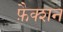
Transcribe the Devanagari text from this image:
फ़ैक्शन